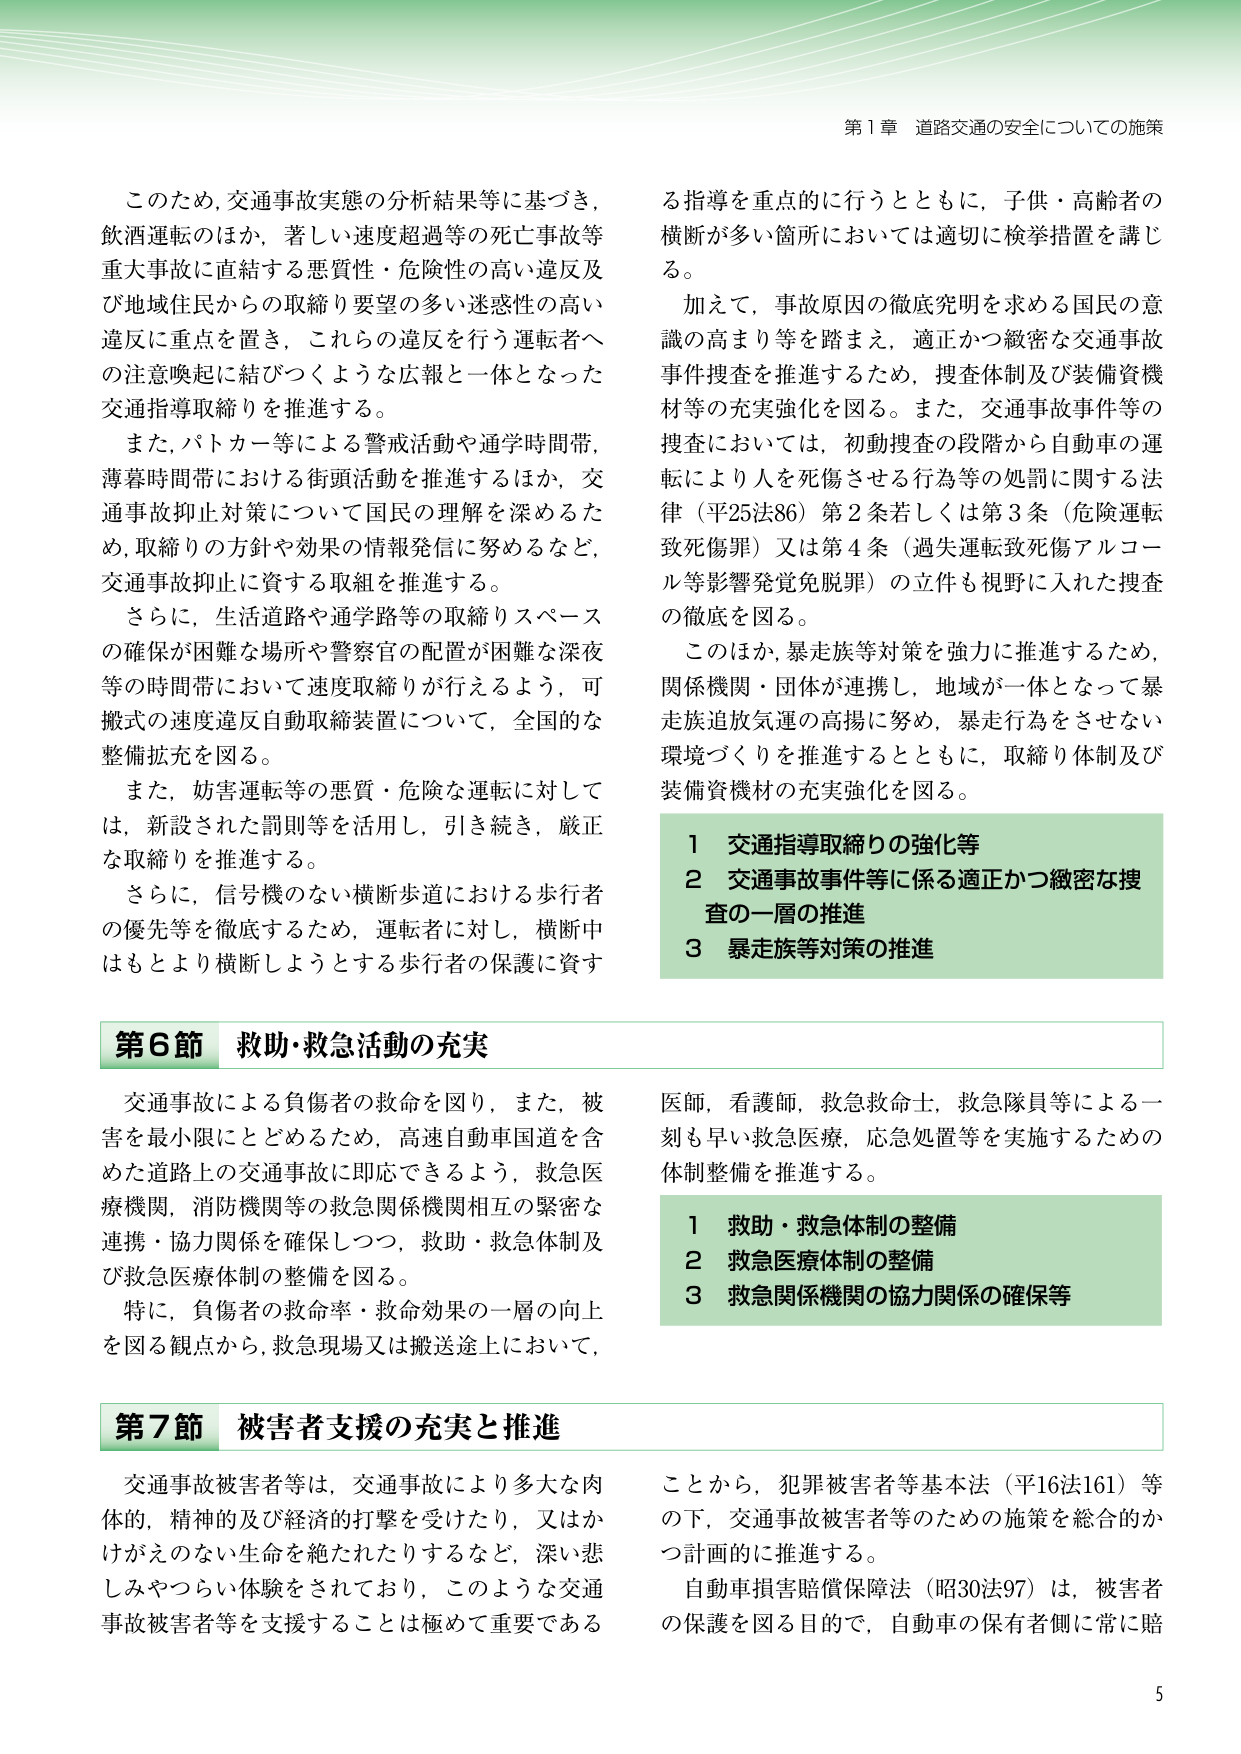
第１章 道路交通の安全についての施策

このため、交通事故実態の分析結果等に基づき、
飲酒運転のほか、著しい速度超過等の死亡事故等
重大事故に直結する悪質性・危険性の高い違反及
び地域住民からの取締り要望の多い迷惑性の高い
違反に重点を置き、これらの違反を行う運転者へ
の注意喚起に結びつくような広報と一体となった
交通指導取締りを推進する。

また、パトカー等による警戒活動や通学時間帯、
薄暮時間帯における街頭活動を推進するほか、交
通事故抑止対策について国民の理解を深めるた
め、取締りの方針や効果の情報発信に努めるなど、
交通事故抑止に資する取組を推進する。

さらに、生活道路や通学路等の取締りスペース
の確保が困難な場所や警察官の配置が困難な深夜
等の時間帯において速度取締りが行えるよう、可
搬式の速度違反自動取締装置について、全国的な
整備拡充を図る。

また、妨害運転等の悪質・危険な運転に対して
は、新設された罰則等を活用し、引き続き、厳正
な取締りを推進する。

さらに、信号機のない横断歩道における歩行者
の優先等を徹底するため、運転者に対し、横断中
はもとより横断しようとする歩行者の保護に資す

る指導を重点的に行うとともに、子供・高齢者の
横断が多い箇所においては適切に検挙措置を講じ
る。

加えて、事故原因の徹底究明を求める国民の意
識の高まり等を踏まえ、適正かつ緻密な交通事故
事件捜査を推進するため、捜査体制及び装備資機
材等の充実強化を図る。また、交通事故事件等の
捜査においては、初動捜査の段階から自動車の運
転により人を死傷させる行為等の処罰に関する法
律（平25法86）第2条若しくは第3条（危険運転
致死傷罪）又は第4条（過失運転致死傷アルコー
ル等影響発覚免脱罪）の立件も視野に入れた捜査
の徹底を図る。

このほか、暴走族等対策を強力に推進するため、
関係機関・団体が連携し、地域が一体となって暴
走族追放気運の高揚に努め、暴走行為をさせない
環境づくりを推進するとともに、取締り体制及び
装備資機材の充実強化を図る。

1 交通指導取締りの強化等
2 交通事故事件等に係る適正かつ緻密な捜
査の一層の推進
3 暴走族等対策の推進

第6節 救助・救急活動の充実

交通事故による負傷者の救命を図り、また、被
害を最小限にとどめるため、高速自動車国道を含
めた道路上の交通事故に即応できるよう、救急医
療機関、消防機関等の救急関係機関相互の緊密な
連携・協力関係を確保しつつ、救助・救急体制及
び救急医療体制の整備を図る。

特に、負傷者の救命率・救命効果の一層の向上
を図る観点から、救急現場又は搬送途上において、

医師、看護師、救急救命士、救急隊員等による一
刻も早い救急医療、応急処置等を実施するための
体制整備を推進する。

1 救助・救急体制の整備
2 救急医療体制の整備
3 救急関係機関の協力関係の確保等

第7節 被害者支援の充実と推進

交通事故被害者等は、交通事故により多大な肉
体的、精神的及び経済的打撃を受けたり、又はか
けがえのない生命を絶たれたりするなど、深い悲
しみやつらい体験をされており、このような交通
事故被害者等を支援することは極めて重要である

ことから、犯罪被害者等基本法（平16法161）等
の下、交通事故被害者等のための施策を総合的か
つ計画的に推進する。

自動車損害賠償保障法（昭30法97）は、被害者
の保護を図る目的で、自動車の保有者側に常に賠

5